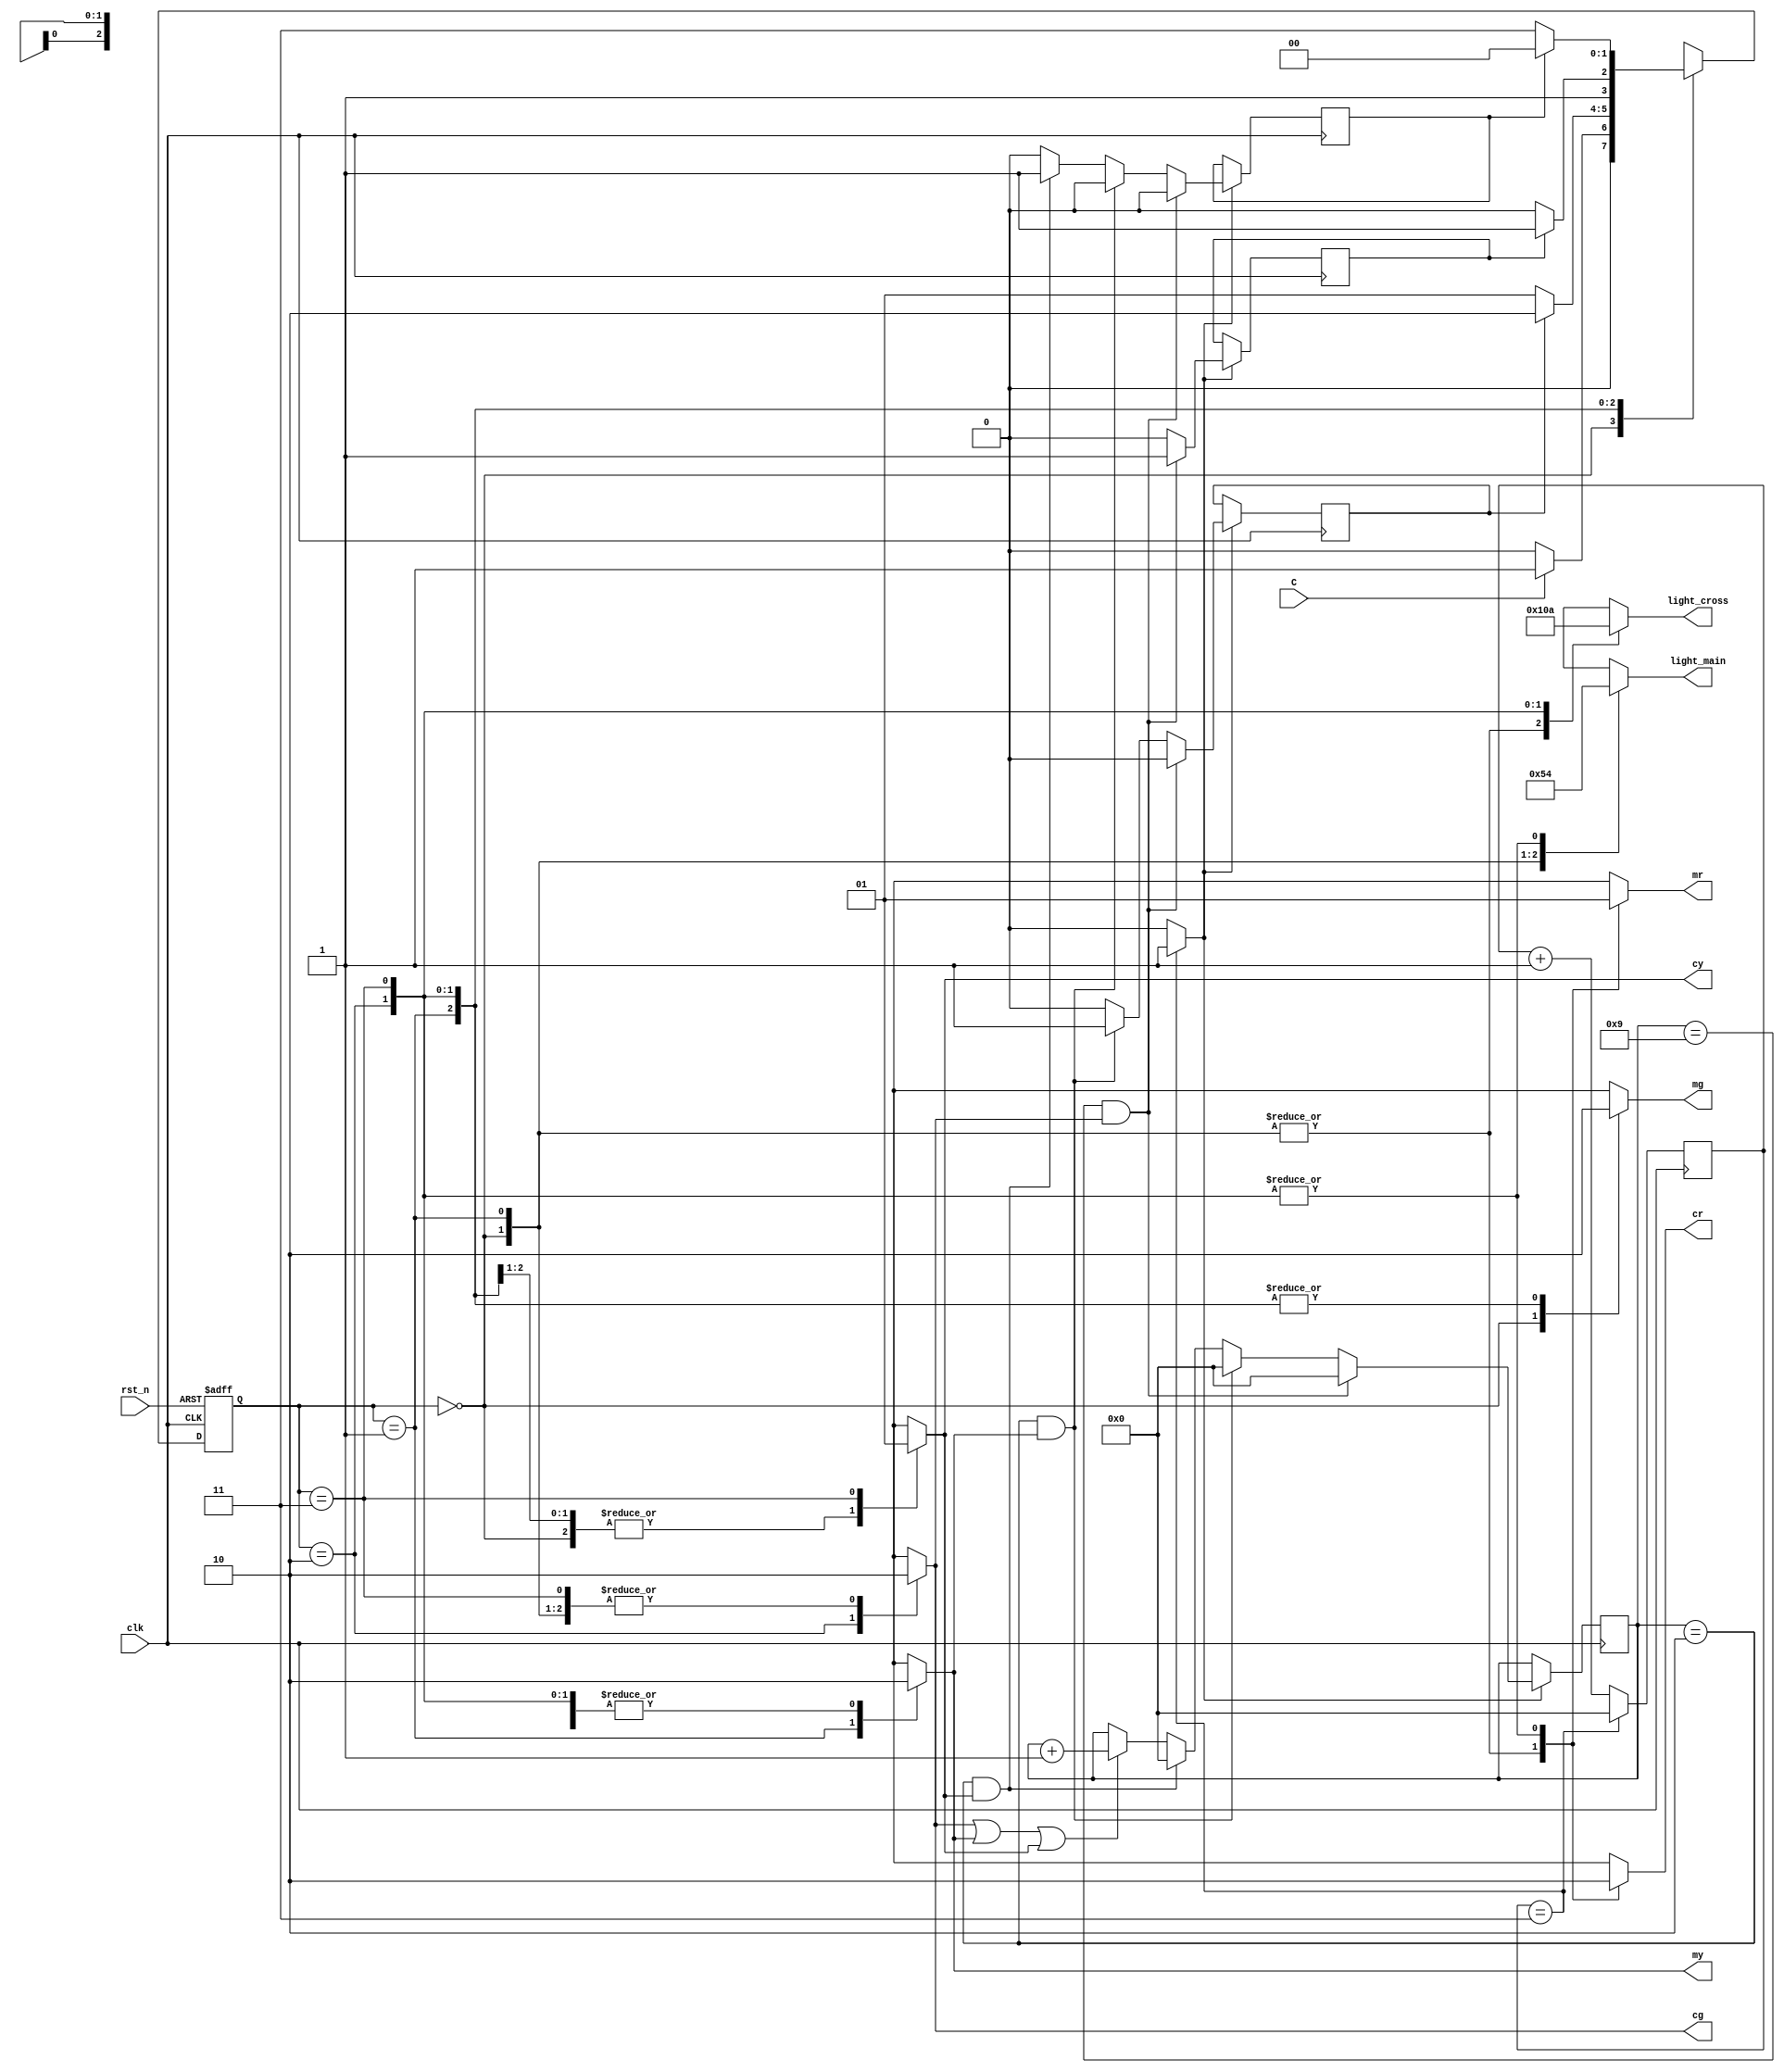
`timescale 1ns / 1ps
module traffic_light(light_main, light_cross, C, clk, rst_n, mr, my, mg, cr, cy, cg);
parameter MGRE_CRED=2'b00, // main green and cross red
 MYEL_CRED = 2'b01,// main yellow and cross red
 MRED_CGRE=2'b10,// main red and cross green
 MRED_CYEL=2'b11;// main red and cross yellow
input C, // sensor
 clk, // clock = 50 MHz
 rst_n; // reset active low
output reg[2:0] light_main, light_cross; // output of lights
output reg mr, my, mg, cr, cy, cg;
reg[27:0] count=0,count_delay=0;
reg delay10s=0, 
delay3s1=0,delay3s2=0,RED_count_en=0,YELLOW_count_en1=0,YELLOW_count_en2=0;
wire clk_enable; // clock enable signal for 1s
reg[1:0] state, next_state;
// next state
always @(posedge clk or negedge rst_n)
begin
if(~rst_n)
state <= 2'b00;
else 
state <= next_state; 
end
// FSM
always @(*)
begin
case(state)
MGRE_CRED: begin // Green on main and red on cross way
RED_count_en=0;
YELLOW_count_en1=0;
YELLOW_count_en2=0;
light_main = 3'b001;
light_cross = 3'b100;
mr = 1'b0;
my = 1'b0;
mg = 1'b1;
cr = 1'b1;
cy = 1'b0;
cg = 1'b0;
if(C) next_state = MYEL_CRED; 
// if sensor detects vehicles on cross road, 
// turn main to yellow -> green
else next_state =MGRE_CRED;
end
MYEL_CRED: begin// yellow on main and red on cross way
 light_main = 3'b010;
 light_cross = 3'b100;
 RED_count_en=0;
YELLOW_count_en1=1;
YELLOW_count_en2=0;
mr = 1'b0;
my = 1'b1;
mg = 1'b0;
cr = 1'b1;
cy = 1'b0;
cg = 1'b0;
 if(delay3s1) next_state = MRED_CGRE;
 // yellow for 3s, then red
 else next_state = MYEL_CRED;
end
MRED_CGRE: begin// red on main and green on cross way
light_main = 3'b100;
light_cross = 3'b001;
RED_count_en=1;
YELLOW_count_en1=0;
YELLOW_count_en2=0;
 mr = 1'b1;
my = 1'b0;
mg = 1'b0;
cr = 1'b0;
cy = 1'b0;
cg = 1'b1;
if(delay10s) next_state = MRED_CYEL;
// red in 10s then turn to yello -> green again for high way
else next_state =MRED_CGRE;
end
MRED_CYEL:begin// red on main and yellow on cross way
light_main = 3'b100;
light_cross = 3'b010;
RED_count_en=0;
YELLOW_count_en1=0;
YELLOW_count_en2=1;
 mr = 1'b1;
 my = 1'b0;
 mg = 1'b0;
 cr = 1'b0;
 cy = 1'b1;
 cg = 1'b0;
if(delay3s2) next_state = MGRE_CRED;
// turn green for main, red for cross road
else next_state =MRED_CYEL;
end
default: next_state = MGRE_CRED;
endcase
end
// create red and yellow delay counts
always @(posedge clk)
begin
if(clk_enable==1) begin
if(RED_count_en||YELLOW_count_en1||YELLOW_count_en2)
 count_delay <=count_delay + 1;
 if((count_delay == 9)&&RED_count_en) 
 begin
 delay10s=1;
 delay3s1=0;
 delay3s2=0;
 count_delay<=0;
 end
 else if((count_delay == 2)&&YELLOW_count_en1) 
 begin
 delay10s=0;
 delay3s1=1;
 delay3s2=0;
 count_delay<=0;
 end
 else if((count_delay == 2)&&YELLOW_count_en2) 
 begin
 delay10s=0;
 delay3s1=0;
 delay3s2=1;
 count_delay<=0;
 end
 else
 begin
 delay10s=0;
 delay3s1=0;
 delay3s2=0;
 end 
end
end
// create 1s clock enable 
always @(posedge clk)
begin
count <=count + 1;
//if(count == 50000000) // 50,000,000 for 50 MHz clock running on real FPGA
if(count == 3) // for testbench
 count <= 0;
end
assign clk_enable = count==3 ? 1: 0; // 50,000,000 for 50MHz running on FPGA
endmodule